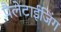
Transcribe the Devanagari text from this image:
पैलेटाईजिंग